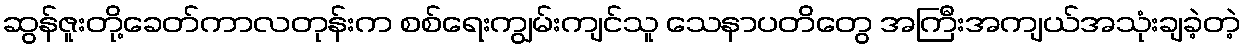
ဆွန်ဇူးတို့ခေတ်ကာလတုန်းက စစ်ရေးကျွမ်းကျင်သူ သေနာပတိတွေ အကြီးအကျယ်အသုံးချခဲ့တဲ့